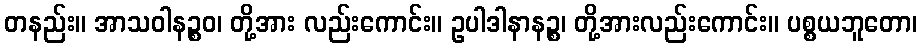
တနည်း။ အာသဝါနဉ္စဝ၊ တို့အား လည်းကောင်း။ ဥပါဒါနာနဉ္စ၊ တို့အားလည်းကောင်း။ ပစ္စယဘူတော၊